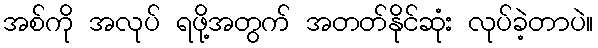
အစ်ကို အလုပ် ရဖို့အတွက် အတတ်နိုင်ဆုံး လုပ်ခဲ့တာပဲ။